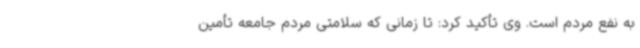
به نفع مردم است. وی تأکید کرد: تا زمانی که سلامتی مردم جامعه تأمین